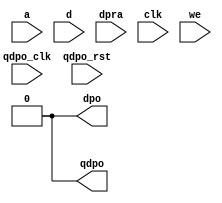
module elut_custom #(

	parameter used = 0,
	parameter [0:2**6-1] LUT_MASK={2**6{1'b0}}

) (
	a,
	d,
	dpra,
	clk,
	we,
	dpo,
	qdpo_clk,
	qdpo_rst,
	qdpo);


input [5 : 0] a;
input [0 : 0] d;
input [5 : 0] dpra;
input clk;
input we;
input qdpo_clk;
input qdpo_rst;
output dpo;
output qdpo;

wire lut_output;
wire lut_registered_output;

//no plattform. just for a verificational build.

	generate
		if( used == 1)
		begin
			//we generate a lut and a latch
			LUT_K #(
				.K(6),
				.LUT_MASK(LUT_MASK)
				) verification_lut2  (
				.in(dpra),
				.out(lut_output)
				);

			DFF #(
	        .INITIAL_VALUE(1'b0)
	    ) verification_latch  (
	        .D(lut_output),
	        .Q(lut_registered_output),
	        .clock(qdpo_clk)
	    );
		end
		else
		begin
			assign lut_output = 1'b0;
			assign lut_registered_output = 1'b0;
		end
	endgenerate


assign dpo  = lut_output;
assign qdpo = lut_registered_output;

endmodule